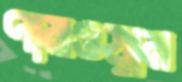
পামওয়ান